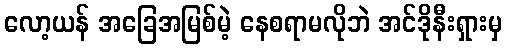
လော့ယန် အခြေအမြစ်မဲ့ နေစရာမလိုဘဲ အင်ဒိုနီးရှားမှ